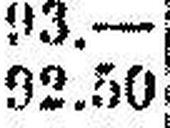
92.50